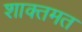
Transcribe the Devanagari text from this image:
शाक्तमत